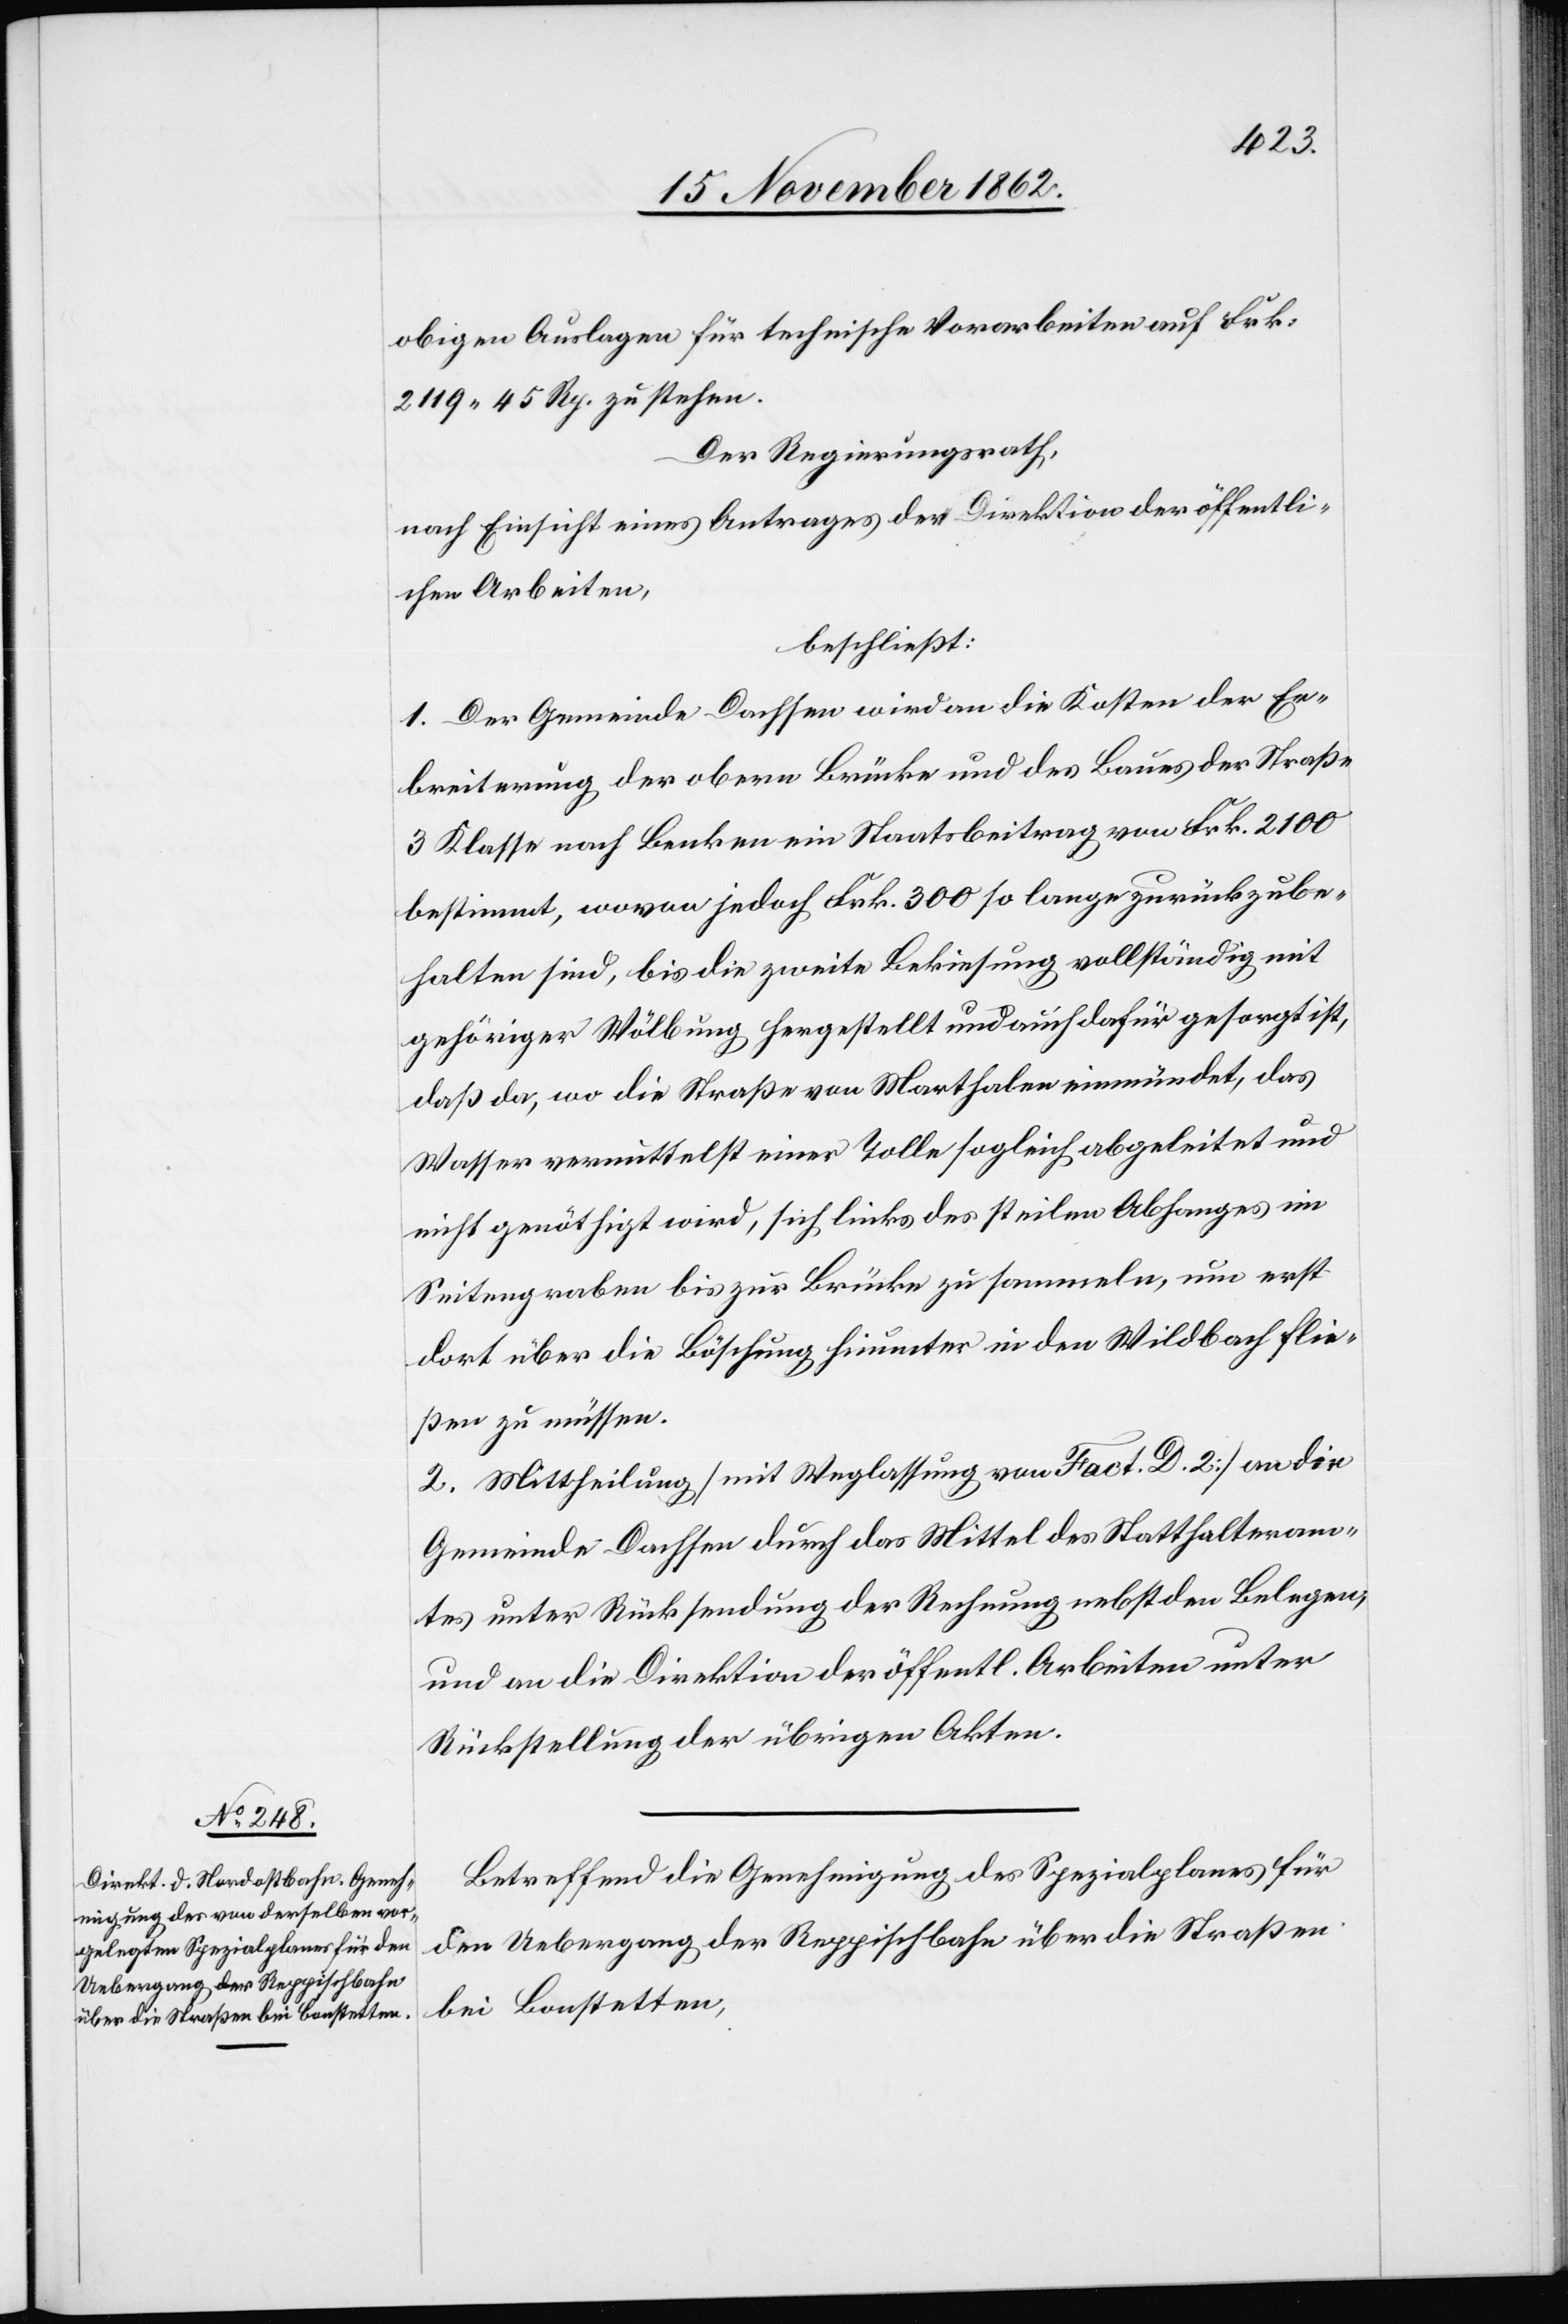
obigen Auslagen für technische Vorarbeiten auf Frk.
2119 45 Rp. zu stehen.
Der Regierungsrath,
nach Einsicht eines Antrages der Direktion der öffentli¬
chen Arbeiten,
beschließt:
1. Der Gemeinde Dachsen wird an die Kosten der Er¬
breiterung der obern Brücke und des Baues der Straße
3. Klasse nach Benken ein Staatsbeitrag von Frk. 2100
bestimmt, wovon jedoch Frk. 300 so lange zurückzube¬
halten sind, bis die zweite Bekiesung vollständig mit
gehöriger Wölbung hergestellt und auch dafür gesorgt ist,
daß da, wo die Straße von Marthalen einmündet, das
Wasser vermittelst einer Tolle sogleich abgeleitet und
nicht genöthigt wird, sich links des steilen Abhanges im
Seitengraben bis zur Brücke zu sammeln, um erst
dort über die Böschung hinunter in den Wildbach flie¬
ßen zu müssen.
2. Mittheilung [mit Weglassung von Fact. D. 2] an die
Gemeinde Dachsen durch das Mittel des Statthalteram¬
tes unter Rücksendung der Rechnung nebst den Belegen,
und an die Direktion der öffentl. Arbeiten unter
Rückstellung der übrigen Akten.
Betreffend die Genehmigung des Spezialplanes für
den Uebergang der Reppischbahn über die Straßen
bei Bonstetten,